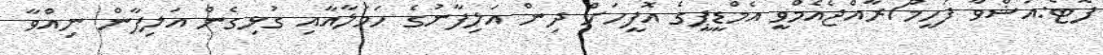
ފޮޓޯ:އަޝްވާ ފަހީމް/ރާއްޖެއެމްވީ އެމްޑީޕީގެ އޮފީހަށް ދިން އަލިފާނުގެ ހަމަލާއާއި ގުޅިގެން އަލިފާން ނިއްވާ